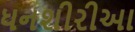
ધનશીરીઆ